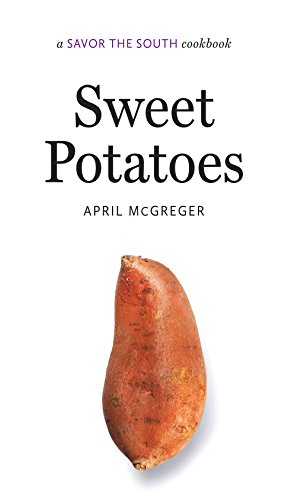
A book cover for Sweet Potatoes: a Savor the SouthÂ® cookbook (Savor the South Cookbooks); April McGreger; Cookbooks, Food & Wine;